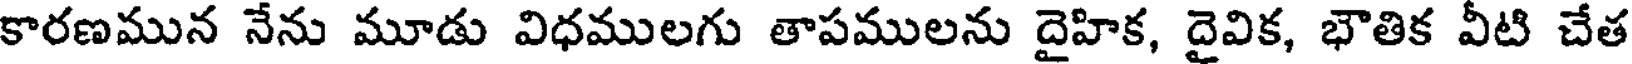
కారణమున నేను మూడు విధములగు తాపములను దైహిక, దైవిక, భౌతిక వీటి చేత